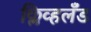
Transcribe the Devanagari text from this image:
क्लिव्हलँड